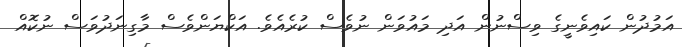
އަމުދުން ކައިވެނީގެ ވިސްނުން އަދި މައުވަން ނުވެސް ކުރެއެވެ. އަކްޔަންވެސް މާގިނަދުވަސް ނުކޮއް